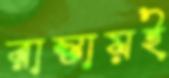
রাস্তায়ই